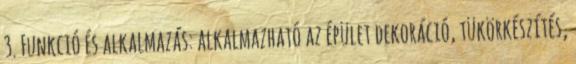
3. Funkció és alkalmazás: alkalmazható az épület dekoráció, tükörkészítés,